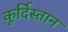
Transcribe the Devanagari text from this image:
कूर्दिस्तान